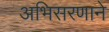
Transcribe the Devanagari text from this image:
अभिसरणाने